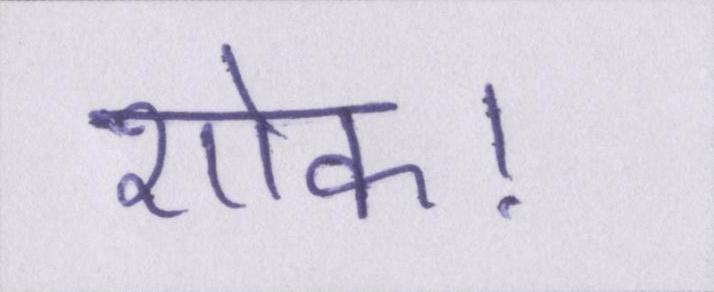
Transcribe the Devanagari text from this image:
शोक।